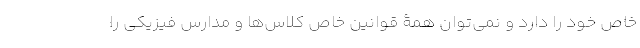
خاص خود را دارد و نمی‌توان همۀ قوانین خاص کلاس‌ها و مدارس فیزیکی را